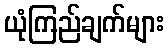
ယုံကြည်ချက်များ